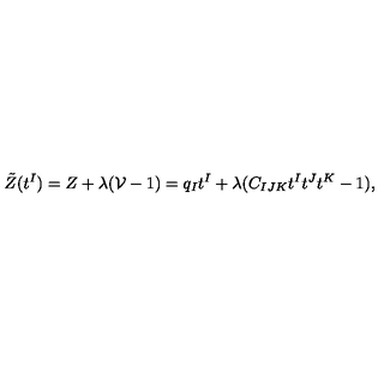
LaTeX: \tilde { Z } ( t ^ { I } ) = Z + \lambda ( { \cal V } - 1 ) = q _ { I } t ^ { I } + \lambda ( C _ { I J K } t ^ { I } t ^ { J } t ^ { K } - 1 ) ,